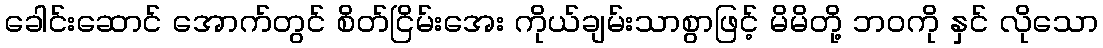
ခေါင်းဆောင် အောက်တွင် စိတ်ငြိမ်းအေး ကိုယ်ချမ်းသာစွာဖြင့် မိမိတို့ ဘဝကို နှင် လိုသော